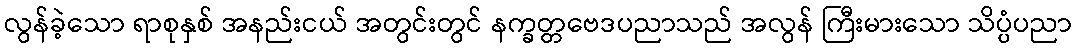
လွန်ခဲ့သော ရာစုနှစ် အနည်းငယ် အတွင်းတွင် နက္ခတ္တဗေဒပညာသည် အလွန် ကြီးမားသော သိပ္ပံပညာ